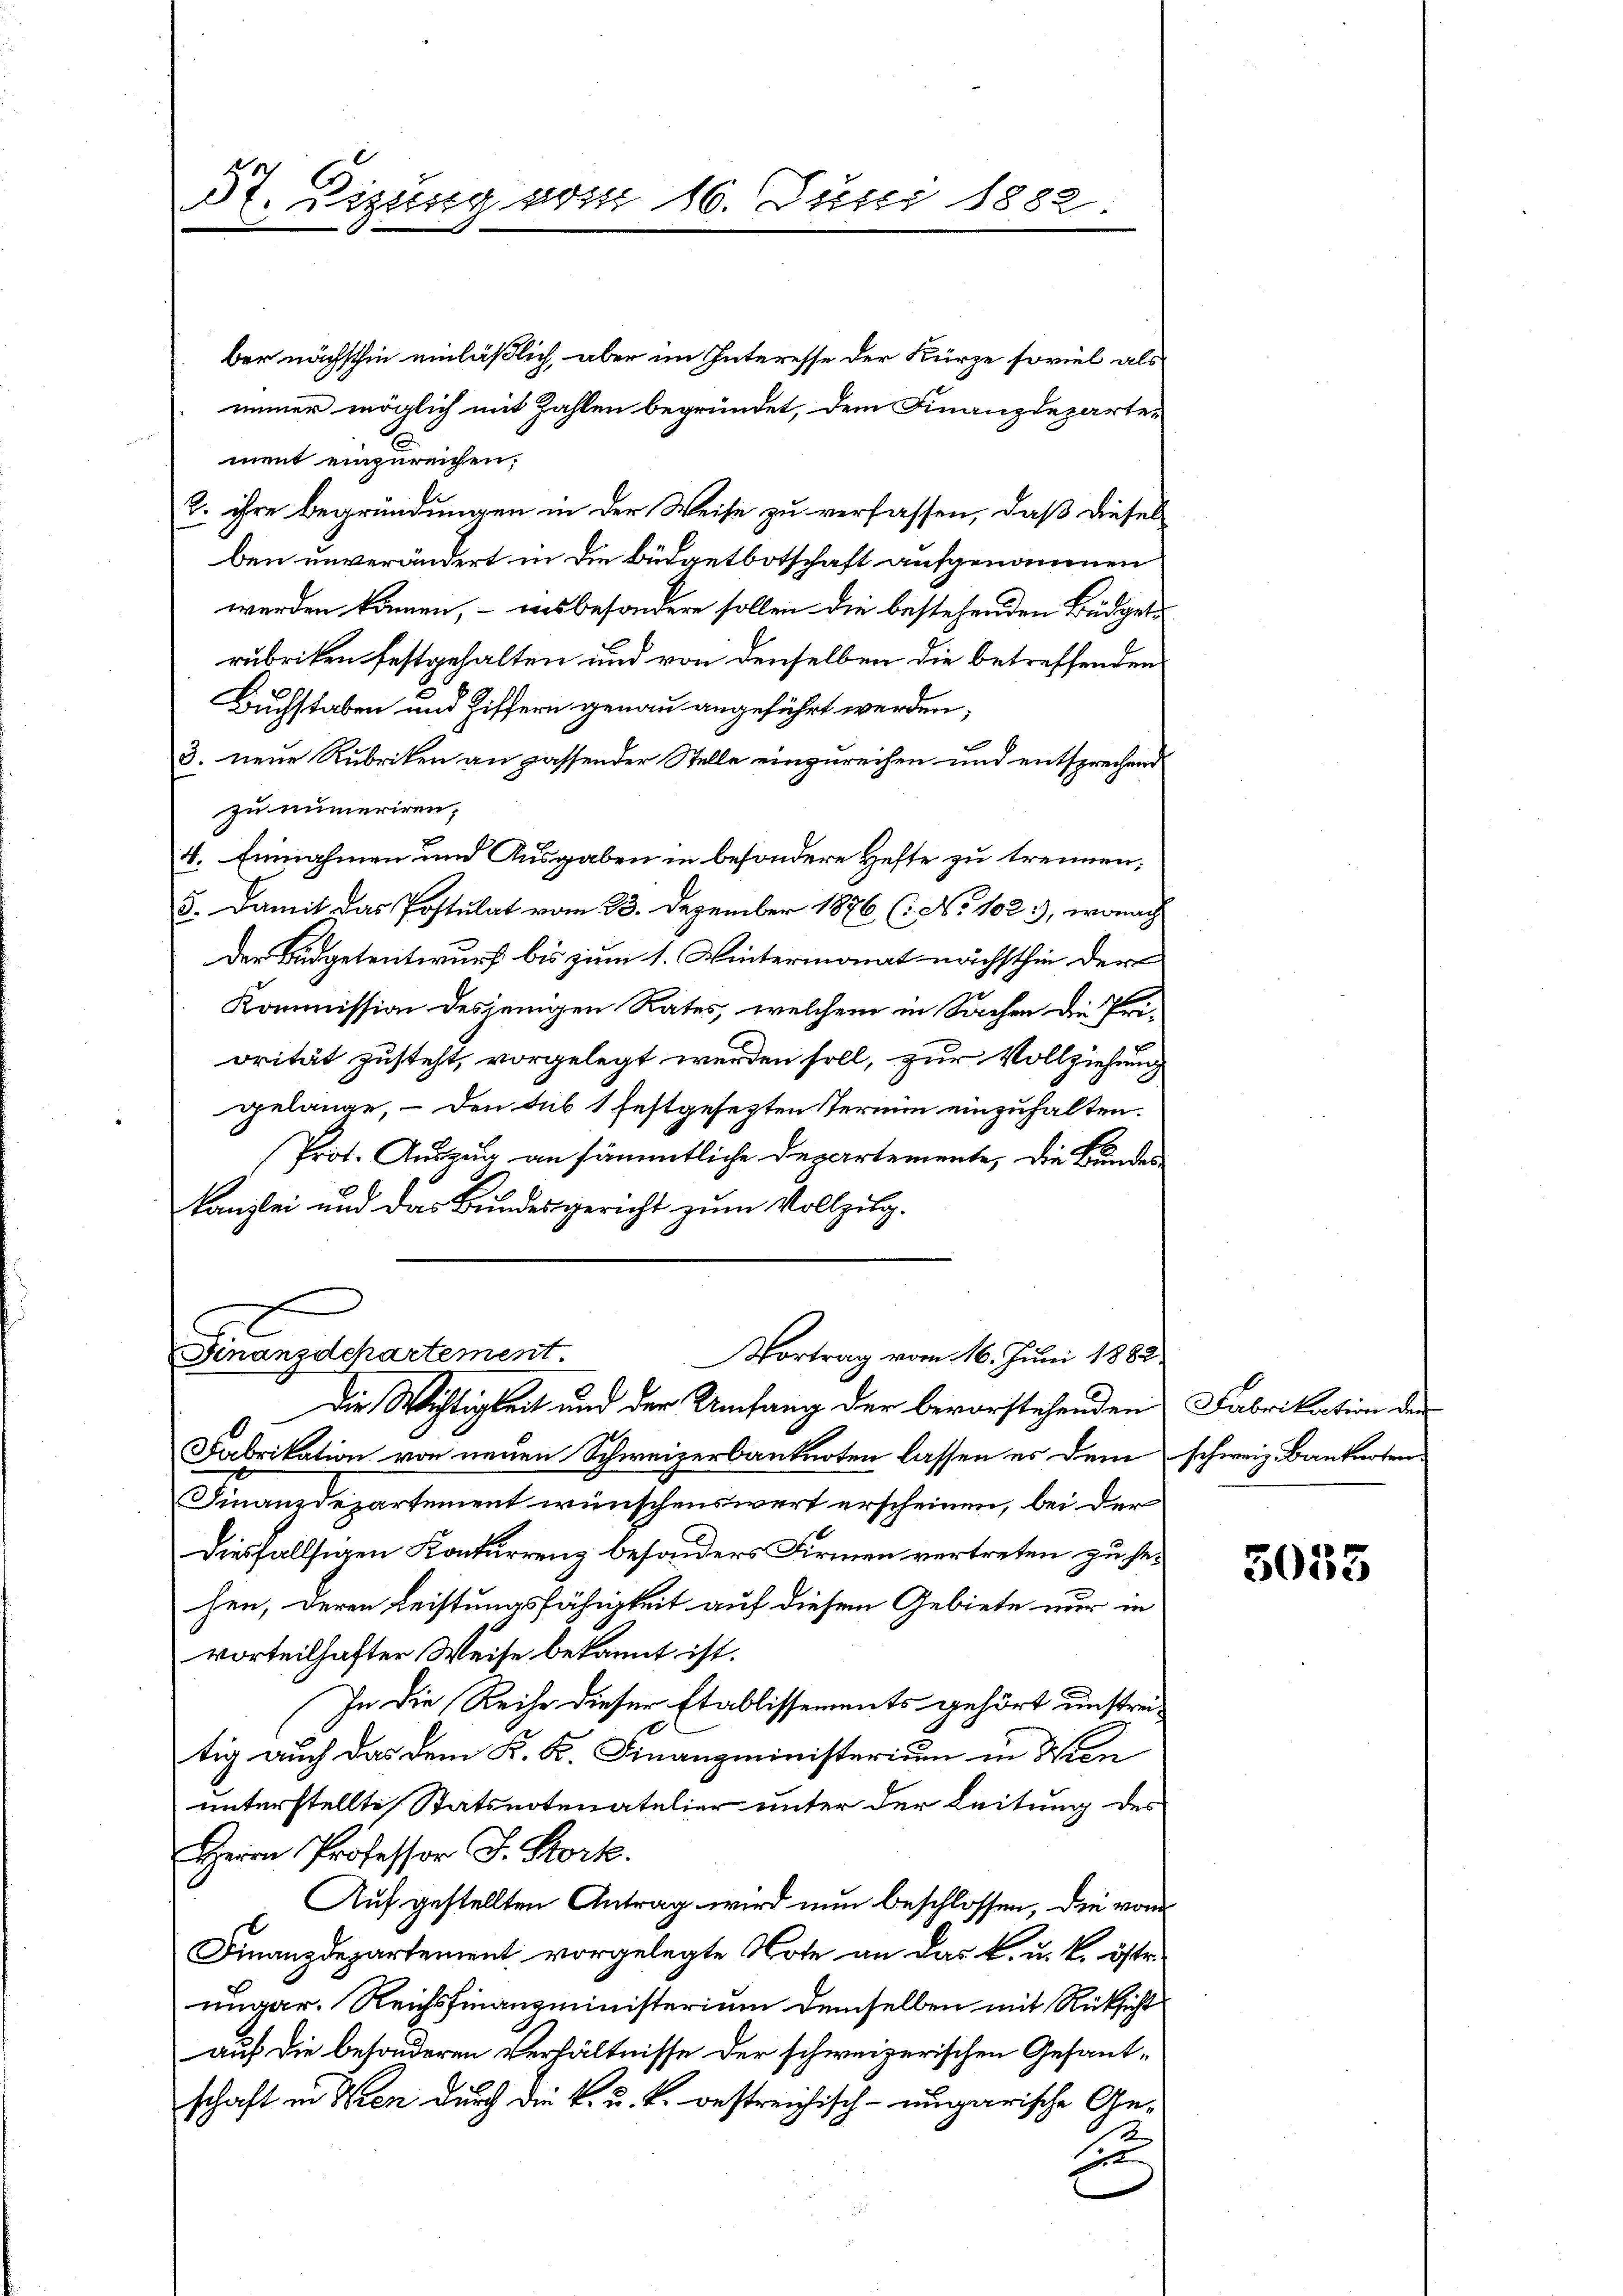
St. Lizung vom 16. Juni 1882

ber nächsthin einläßlich, aber im Interesse der Kürze soviel als
immer möglich mit Zahlen begründet, dem Finanzdeparten
ment einzureichen;
3. ihre Begründungen in der Weise zu verfassen, daß dieses
ben unverändert in die Büdgetbotschaft aufgenommen
werden können, – was besondere sollen die bestehenden Büdgetrubriken festgehalten und von denselben die betreffenden
Buchstaben und Ziffern genau angeführt werden,
3. neue Rubriken an passender Stelle einzureihen und entsprechend
zu numeriren.
4. Einnahmen und Ausgaben in besondere Hefte zu trennen;
5. Damit das Postulat vom 23. Dezember 1876 (: No 102), wonach
Der Budgetentwurf bis zum 1. Wintermonat nächsthin der
Kommission desjenigen Rates, welchem in Sachen die Pri-
orität zusteht, vorgelegt werden soll, zur Vollziehung
gelange, – den sub 1 festgesezten Termin einzuhalten.
Prot. Auszug an sämmtliche Departemente, die Bundes-
Kanzlei und das Bundesgericht zum Vollzug.
Finanzdepartement.
Vortrag vom 16. Juni 1882

Die Wichtigkeit und der Umfang der bevorstehenden

Fabrikation von neuen Schweizerbanknoten lassen es dem schweiz. Banknoten
Finanzdepartement wünschenswert erscheinen, bei der
Diesfallsigen Konkurrenz besonders Firmen vertreten zu sehen, deren Leistungsfähigkeit auf diesem Gebiete nur in
vorteilhafter Weise bekannt ist.
In die Reihe dieser Etablissements gehört unstreitig auch das dem K. K. Finanzministerium in Winunterstellte Statsnotenatelier unter der Leitung des
Herrn Professor J. Stock.
Auf gestellten Antrag wird nun beschlossen, die vom
Finanzdepartement vorgelegte Note an das k. u. k. öste
ungar. Reichsfinanzministerium demselben mit Rücksicht
auf die besonderen Verhältnisse der schweizerischen Gesantschaft in Wien durch die k. u. k. bestreichisch-ungarische Ge¬
2
xx

Fabrikation der

5053